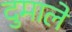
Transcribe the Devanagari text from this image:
दुमाले